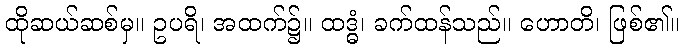
ထိုဆယ်ဆစ်မှ။ ဥပရိ၊ အထက်၌။ ထဒ္ဓံ၊ ခက်ထန်သည်။ ဟောတိ၊ ဖြစ်၏။